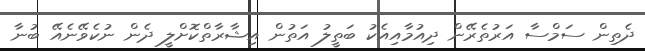
ދެތިން ސަމްސާ އަރުތެރޭން ދިއުމާއިއެކު ބަތީލު އަތުން އިޝާރާތްކޮށްލީ ދެން ނުކެވޭނެއޭ ބުނާ